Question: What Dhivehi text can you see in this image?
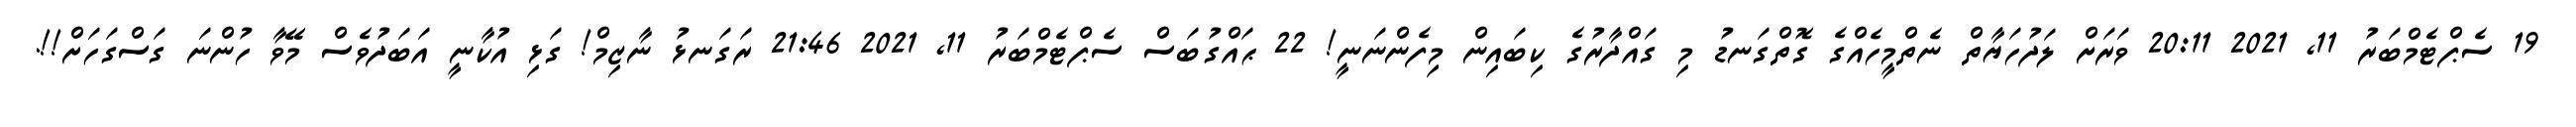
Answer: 19 ސެޕްޓެމްބަރު 11, 2021 20:11 ވަރަށް ލަދުހަޔާތް ނެތްމީހެއްގެ ގޮތްގަނޑު މި ގައްދާރުގެ ކިބައިން މިފެންނަނީ! 22 ޙައްގުބަސް ސެޕްޓެމްބަރު 11, 2021 21:46 ރަގަނޅު ނާޒިމް! ގަޅި އުކާނީ އަބަދުވެސް މޭވާ ހުންނަ ގަސްގަހަށް!!.